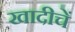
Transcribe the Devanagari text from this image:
खादीचें